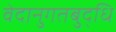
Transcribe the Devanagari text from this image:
वेदानुगतबुद्धि